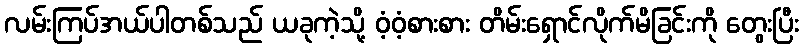
လမ်းကြပ်အယ်ပါတစ်သည် ယခုကဲ့သို့ ဝံ့ဝံ့စားစား တိမ်းရှောင်လိုက်မိခြင်းကို တွေးပြီး